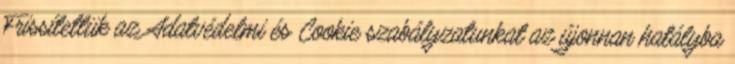
Frissítettük az Adatvédelmi és Cookie szabályzatunkat az újonnan hatályba